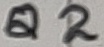
Text: Q2